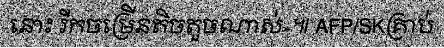
នោះ រីកចម្រើនតិចតួចណាស់»៕ AFP/SKគ្រាប់